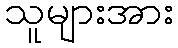
သူများအား